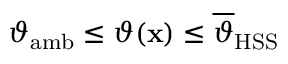
\begin{array} { r } { \vartheta _ { \mathrm { a m b } } \leq \vartheta ( \mathbf { x } ) \leq \overline { { \vartheta } } _ { \mathrm { H S S } } } \end{array}